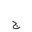
Letter: _gim